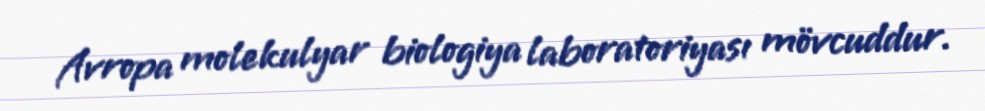
Avropa molekulyar biologiya laboratoriyası mövcuddur.